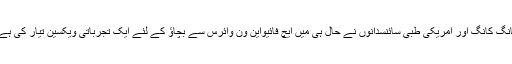
ہانگ کانگ اور امریکی طبی سائنسدانوں نے حال ہی میں ایچ فائیواین ون وائرس سے بچاؤ کے لئے ایک تجرباتی ویکسین تیار کی ہے۔